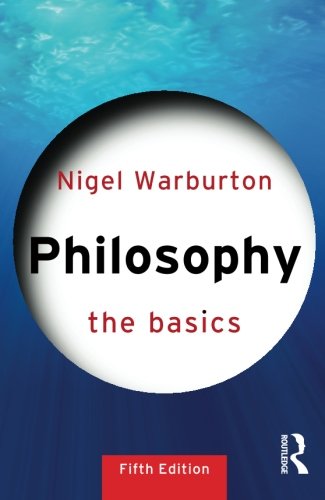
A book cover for Philosophy: The Basics; Nigel Warburton; Politics & Social Sciences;